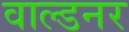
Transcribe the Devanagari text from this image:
वाल्डनर